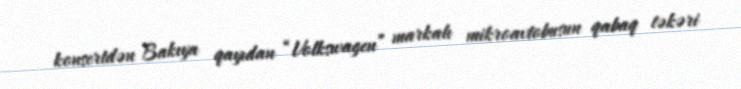
konsertdən Bakıya qayıdan “Volkswagen” markalı mikroavtobusun qabaq təkəri